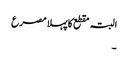
البتہ مقطع کا پہلا مصرع
۔